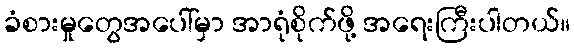
ခံစားမှုတွေအပေါ်မှာ အာရုံစိုက်ဖို့ အရေးကြီးပါတယ်။